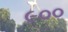
૯૦૦